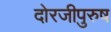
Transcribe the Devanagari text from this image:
दोरजीपुरुष